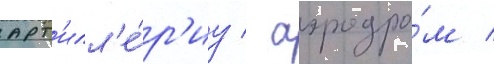
арт'илл'е́р'иу / аэродро́м /